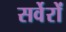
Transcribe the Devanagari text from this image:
सर्वेरों